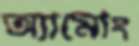
অ্যামোং